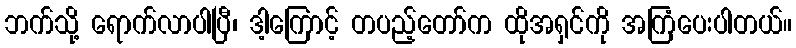
ဘက်သို့ ရောက်လာပါပြီ၊ ဒါ့ကြောင့် တပည့်တော်က ထိုအရှင်ကို အကြံပေးပါတယ်။